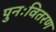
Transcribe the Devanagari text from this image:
पुनःवितरण